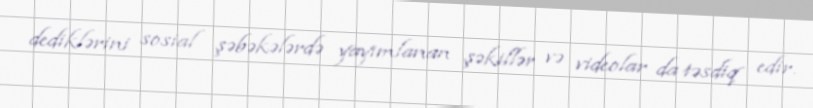
dediklərini sosial şəbəkələrdə yayımlanan şəkillər və videolar da təsdiq edir.